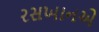
રસખાનએ